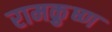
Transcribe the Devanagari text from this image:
रामकृुष्ण